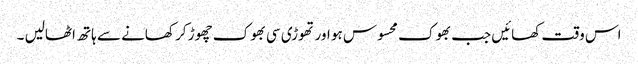
اس وقت کھائیں جب بھوک محسوس ہو اور تھوڑی سی بھوک چھوڑ کر کھانے سے ہاتھ اٹھالیں ۔